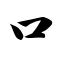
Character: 口